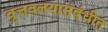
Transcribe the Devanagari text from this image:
वृत्तवलयासंबंधीत